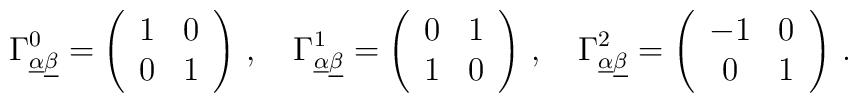
\Gamma^{0}_{\underline\alpha\underline\beta}= \left(\begin{array}{cc}1  &  0\\0 &  1\end{array}\right)\,, \quad \Gamma^{1}_{\underline\alpha\underline\beta}=\left(\begin{array}{cc}0  &  1\\1 &  0\end{array}\right)\, , \quad \Gamma^2_{\underline\alpha\underline\beta}=\left(\begin{array}{cc}-1   &  0\\0   &   1\end{array}\right) \,.